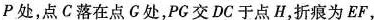
P处，点C落在点G处，PC交DC于点H，折痕为EF，